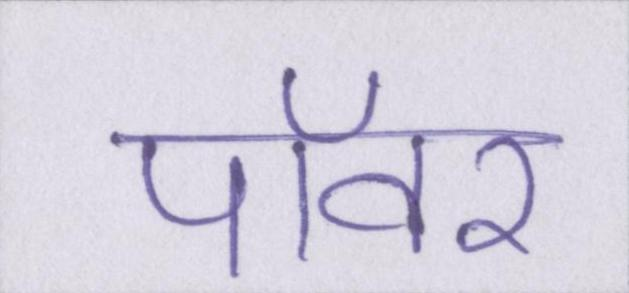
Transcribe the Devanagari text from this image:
पॉवर